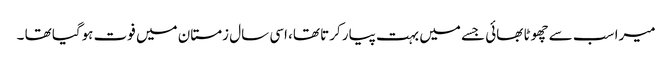
میرا سب سے چھوٹا بھائی جسے میں بہت پیار کرتا تھا، اسی سال زمستان میں فوت ہوگیا تھا ۔